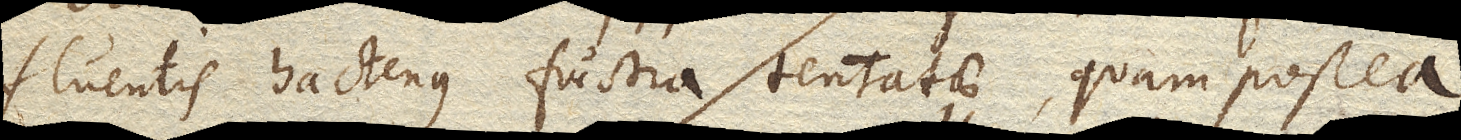
fluentis hactenus frustra tentatae, quam postea